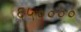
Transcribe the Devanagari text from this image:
६५००००